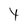
Character: t